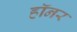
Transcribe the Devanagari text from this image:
हॉनर